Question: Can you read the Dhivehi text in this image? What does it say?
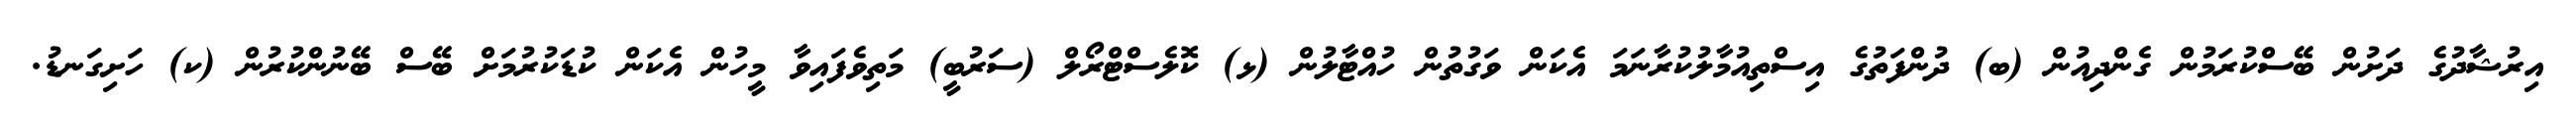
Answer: އިރުޝާދުގެ ދަށުން ބޭސްކުރަމުން ގެންދިއުން (ބ) ދުންފަތުގެ އިސްތިއުމާލުކުރާނަމަ އެކަން ވަގުތުން ހުއްޓާލުން (ޅ) ކޮލެސްޓްރޯލް (ސަރުބީ) މަތިވެފައިވާ މީހުން އެކަން ކުޑަކުރުމަށް ބޭސް ބޭނުންކުރުން (ކ) ހަށިގަނޑު.